Civil Veterinary Department. Central Provinces & Berar 1925-31 - 1925-1931
Year: 1925
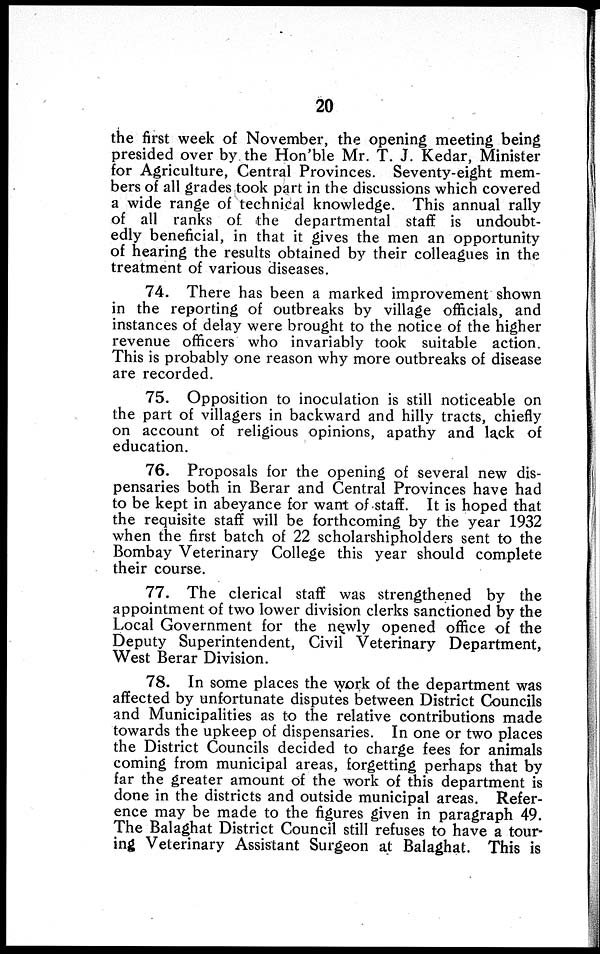
20
the first week of November, the opening meeting being
presided over by the Hon'ble Mr. T. J. Kedar, Minister
for Agriculture, Central Provinces. Seventy-eight mem-
bers of all grades took part in the discussions which covered
a wide range of technical knowledge. This annual rally
of all ranks of the departmental staff is undoubt-
edly beneficial, in that it gives the men an opportunity
of hearing the results obtained by their colleagues in the
treatment of various diseases.
74. There has been a marked improvement shown
in the reporting of outbreaks by village officials, and
instances of delay were brought to the notice of the higher
revenue officers who invariably took suitable action.
This is probably one reason why more outbreaks of disease
are recorded.
75. Opposition to inoculation is still noticeable on
the part of villagers in backward and hilly tracts, chiefly
on account of religious opinions, apathy and lack of
education.
76. Proposals for the opening of several new dis-
pensaries both in Berar and Central Provinces have had
to be kept in abeyance for want of staff. It is hoped that
the requisite staff will be forthcoming by the year 1932
when the first batch of 22 scholarshipholders sent to the
Bombay Veterinary College this year should complete
their course.
77. The clerical staff was strengthened by the
appointment of two lower division clerks sanctioned by the
Local Government for the newly opened office of the
Deputy Superintendent, Civil Veterinary Department,
West Berar Division.
78. In some places the work of the department was
affected by unfortunate disputes between District Councils
and Municipalities as to the relative contributions made
towards the upkeep of dispensaries. In one or two places
the District Councils decided to charge fees for animals
coming from municipal areas, forgetting perhaps that by
far the greater amount of the work of this department is
done in the districts and outside municipal areas. Refer-
ence may be made to the figures given in paragraph 49.
The Balaghat District Council still refuses to have a tour-
ing Veterinary Assistant Surgeon at Balaghat. This is